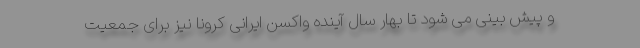
و پیش بینی می شود تا بهار سال آینده واکسن ایرانی کرونا نیز برای جمعیت